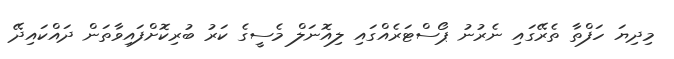
މިދިޔަ ހަފްތާ ތެރޭގައި ނެރުނު ޕޯސްޓަރެއްގައި ލިއޮނަލް މެސީގެ ކަރު ބުރިކޮށްފައިވާތަން ދައްކައިދޭ